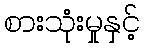
စားသုံးမှုနှင့်